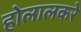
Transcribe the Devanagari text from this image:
होलालकरे